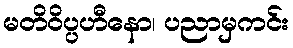
မတိဝိပ္ပဟီနော၊ ပညာမှကင်း